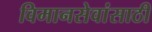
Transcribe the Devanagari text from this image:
विमानसेवांसाठी